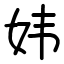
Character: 𫰍